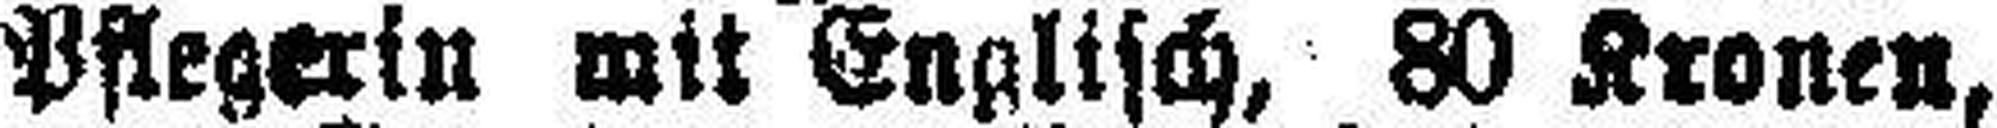
Pflegerin mit Englisch, 80 Kronen,